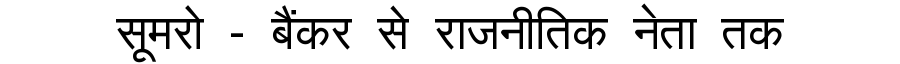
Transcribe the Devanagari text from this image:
सूमरो - बैंकर से राजनीतिक नेता तक